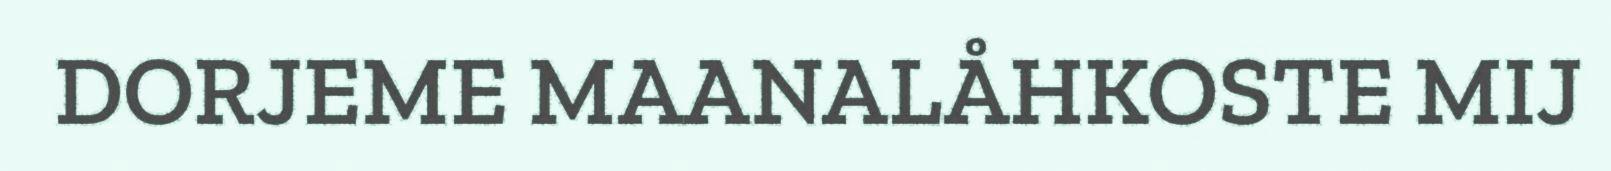
DORJEME MAANALÅHKOSTE MIJ